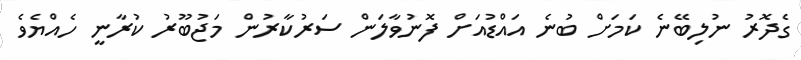
ގެދޮރު ނުލިބޭނެ ކަމަށް ބުނެ އައްޑުއަށް ފޮނުވާލަން ސަރުކާރުން މަޖުބޫރު ކުރާނީ ހެއްޔެވެ